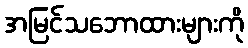
အမြင်သဘောထားများကို